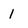
Character: 1